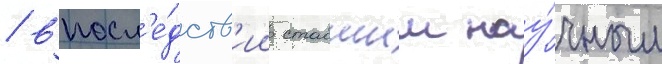
/ впосл'е́дств'ии ставшии нау́чным